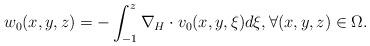
LaTeX: \begin{align*}w_0(x,y,z)=-\int_{-1}^z\nabla_H\cdot v_0(x,y,\xi)d\xi,\forall (x,y,z)\in\Omega.\end{align*}